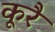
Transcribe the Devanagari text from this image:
कूरै